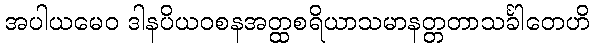
အပါယမေဝ ဒါနပိယဝစနအတ္ထစရိယာသမာနတ္တတာသင်္ခါတေဟိ